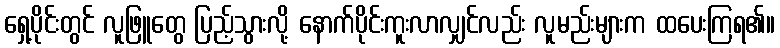
ရှေ့ပိုင်းတွင် လူဖြူတွေ ပြည့်သွားလို့ နောက်ပိုင်းကူးလာလျှင်လည်း လူမည်းများက ထပေးကြရ၏။